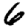
Digit: 6